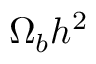
\Omega _ { b } h ^ { 2 }